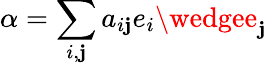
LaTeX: \alpha=\sum_{i,\mathbf{j}}a_{i\mathbf{j}}e_{i}\wedgee_{\mathbf{j}}